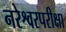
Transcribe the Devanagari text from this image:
नरेश्वरपरीक्षा